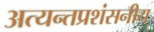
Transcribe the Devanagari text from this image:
अत्यन्तप्रशंसनीय